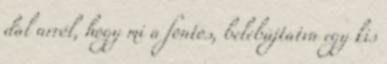
dal arról, hogy mi a fontos, belebújtatva egy kis